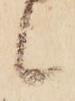
候